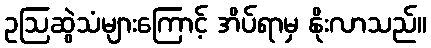
ဥဩဆွဲသံများကြောင့် အိပ်ရာမှ နိုးလာသည်။